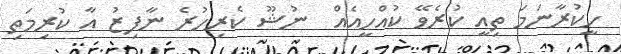
ހީކުރާނަމަ ތިއީ ކުރެވޭ ކުއްހީއެއް  ނުޝޫ ކެރިހުރެ ނާފިޒު އާ ކުރިމަތި